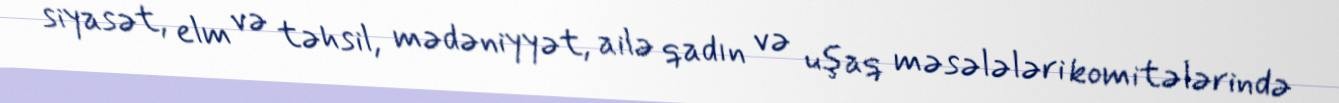
siyasət, elm və təhsil, mədəniyyət, ailə qadın və uşaq məsələləri komitələrində